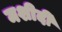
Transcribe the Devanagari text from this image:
मशीदी